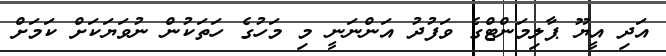
އަދި އީޔޫ ޕާލިމަންޓްގެ ވަފުދު އަންނަނީ މި މަހުގެ ހަތަކުން ނުވަޔަކަށް ކަމަށް